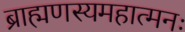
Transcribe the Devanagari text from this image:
ब्राह्मणस्यमहात्मनः